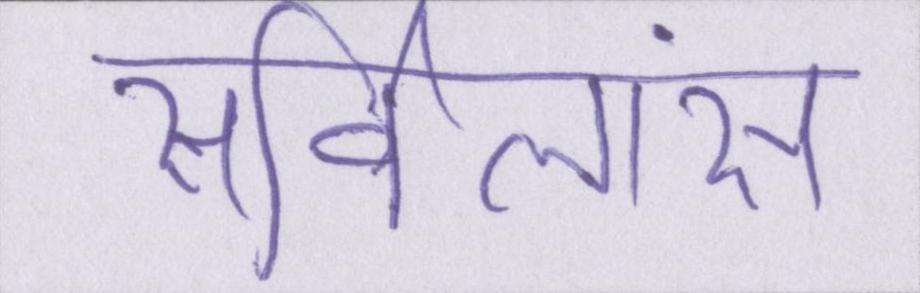
सर्विलांस